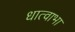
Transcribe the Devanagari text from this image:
धात्वाभा